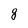
Character: g